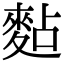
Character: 䴴